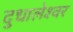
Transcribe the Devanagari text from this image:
दुधालेश्‍वर